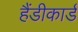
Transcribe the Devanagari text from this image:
हैंडीकार्ड